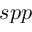
s p p